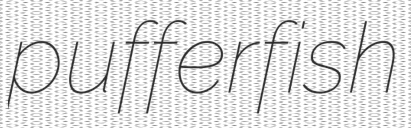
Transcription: pufferfish